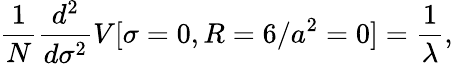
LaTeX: \frac{1}{N}\frac{d^{2}}{d\sigma^{2}}V[\sigma=0,R=6/a^{2}=0]=\frac{1}{\lambda},